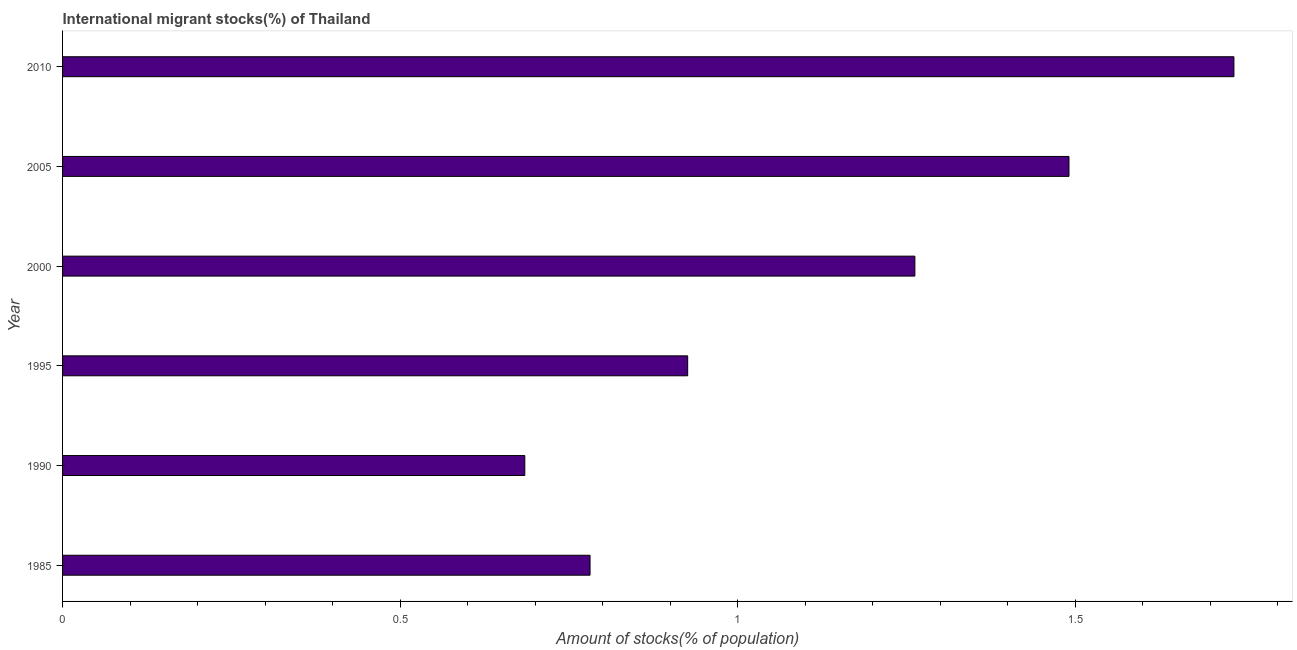
| Year | International migrant stock |
 | --- | --- |
 | 1985 | 0.781 |
 | 1990 | 0.685 |
 | 1995 | 0.926 |
 | 2000 | 1.26 |
 | 2005 | 1.49 |
 | 2010 | 1.74 |